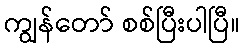
ကျွန်တော် စစ်ပြီးပါပြီ။